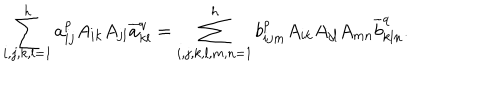
\sum _ { i , j , k , l = 1 } ^ { h } a _ { i j } ^ { p } A _ { i k } A _ { j l } \overline { { a } } _ { k l } ^ { q } = \sum _ { i , j , k , l , m , n = 1 } ^ { h } b _ { i j m } ^ { p } A _ { i k } A _ { j l } A _ { m n } \overline { { b } } _ { k l n } ^ { q } .